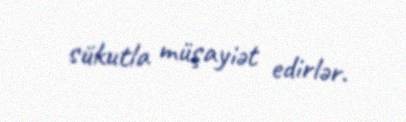
sükutla müşayiət edirlər.